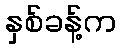
နှစ်ခန့်က